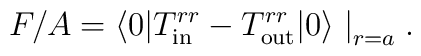
F/A =\langle 0|T^{rr}_{\rm in}-T^{rr}_{\rm out}|0\rangle\bigm|_{r=a}.